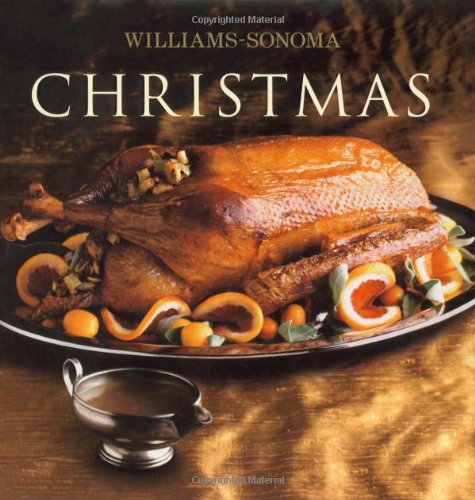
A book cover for Williams-Sonoma Collection: Christmas; Carolyn Miller; Cookbooks, Food & Wine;